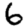
Digit: 6